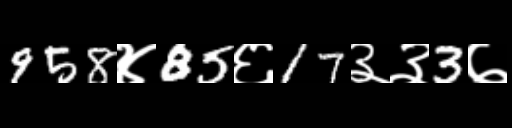
Text: 958४85६17३३3७